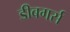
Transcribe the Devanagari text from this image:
डीबगर्स